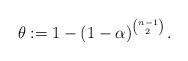
LaTeX: \begin{align*} \theta := 1 - \left(1 - \alpha\right)^{n - 1 \choose 2}.\end{align*}